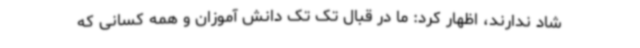
شاد ندارند، اظهار کرد: ما در قبال تک تک دانش آموزان و همه کسانی که